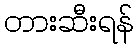
တားဆီးရန်